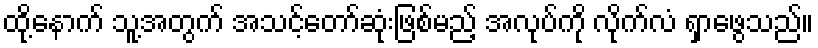
ထို့နောက် သူ့အတွက် အသင့်တော်ဆုံးဖြစ်မည့် အလုပ်ကို လိုက်လံ ရှာဖွေသည်။